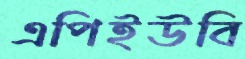
এপিইউবি